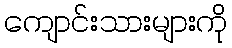
ကျောင်းသားများကို